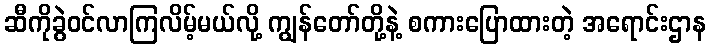
ဆီကိုခွဲဝင်လာကြလိမ့်မယ်လို့ ကျွန်တော်တို့နဲ့ စကားပြောထားတဲ့ အရောင်းဌာန